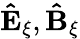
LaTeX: \mathbf{\hat{E}}_{\xi},\mathbf{\hat{B}}_{\xi}